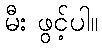
မီး ဖွင့်ပါ။